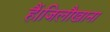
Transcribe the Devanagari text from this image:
हैं।जिलौखाना